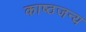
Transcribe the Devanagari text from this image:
काष्ठजन्य